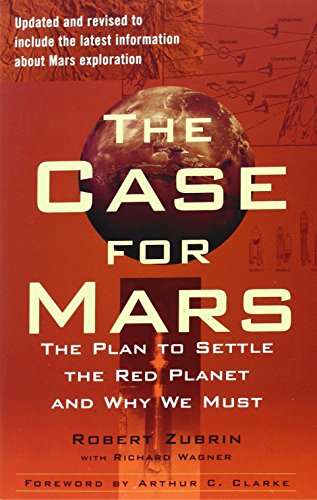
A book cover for The Case for Mars: The Plan to Settle the Red Planet and Why We Must; Robert Zubrin; Science & Math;